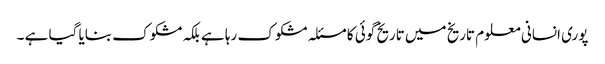
پوری انسانی معلوم تاریخ میں تاریخ گوئی کا مسئلہ مشکوک رہا ہے بلکہ مشکوک بنایا گیا ہے ۔